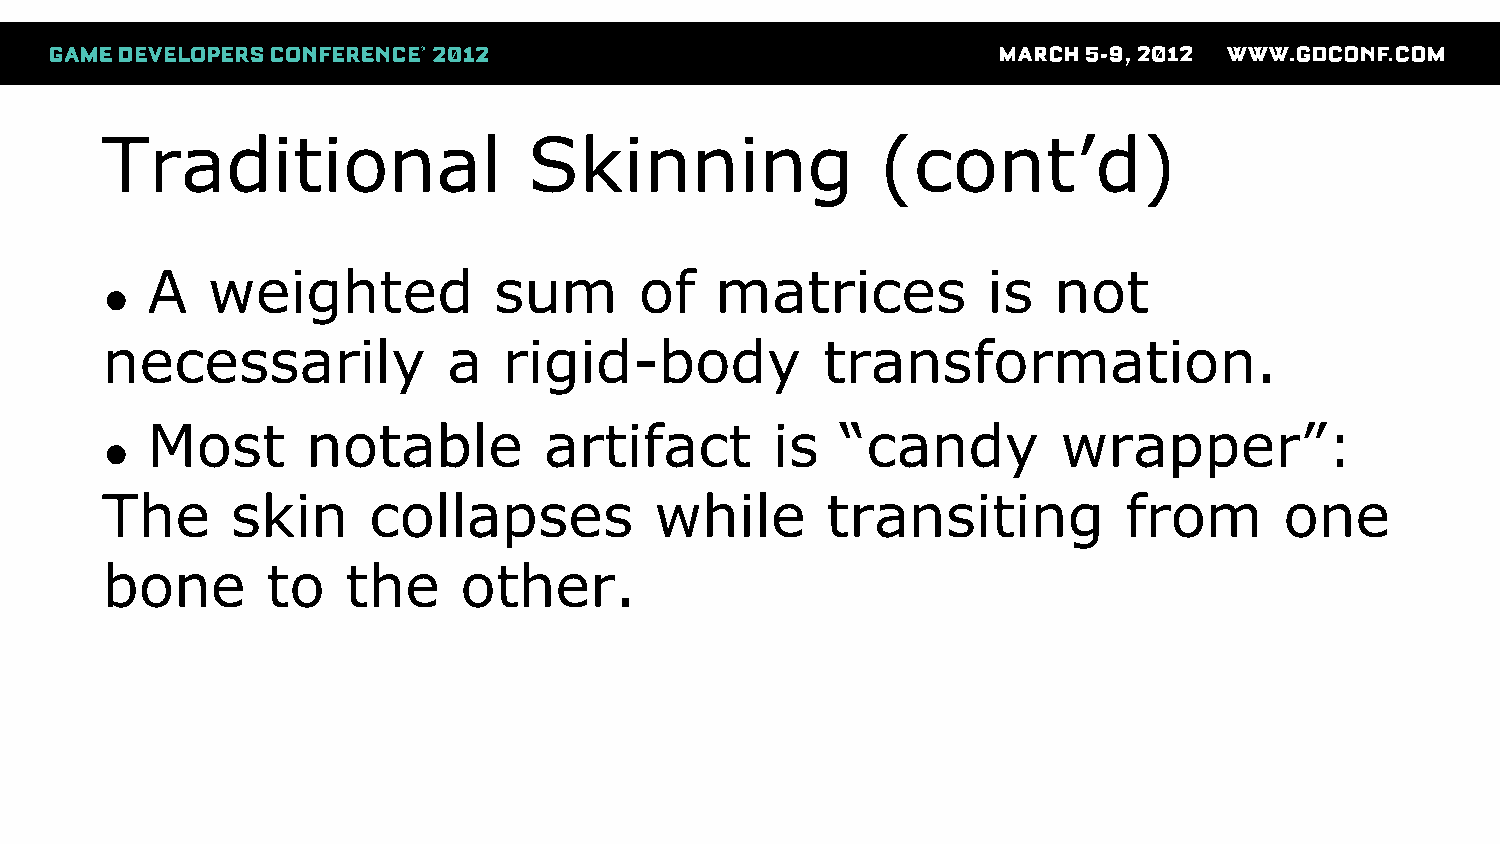
Traditional                 Skinning               (cont’d)
 A   weighted           sum      of   matrices          is   not
 ●
 necessarily            a  rigid-body           transformation.
 Most      notable         artifact       is   “candy        wrapper”:
 ●
 The     skin     collapses          while       transiting         from       one
 bone       to   the    other.